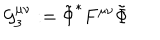
\mathcal { G } _ { 3 } ^ { \mu \nu } : = \tilde { \Phi } ^ { \ast } F ^ { \mu \nu } \tilde { \Phi }